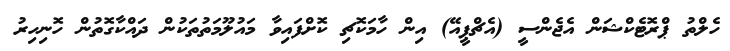
ހެލްތު ޕްރޮޓެކްޝަން އެޖެންސީ (އެޗްޕީއޭ) އިން ހާމަކޮޗި ކޮށްފައިވާ މައުލޫމަތުތަކުން ދައްކާގޮތުން ހޮނިހިރު